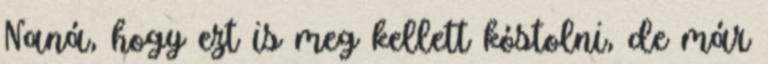
Naná, hogy ezt is meg kellett kóstolni, de már